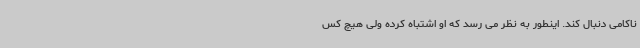
ناکامی دنبال کند. اینطور به نظر می رسد که او اشتباه کرده ولی هیچ کس